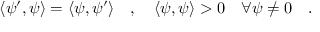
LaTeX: \langle \psi ^ { \prime } , \psi \rangle = \langle \psi , \psi ^ { \prime } \rangle \quad , \quad \langle \psi , \psi \rangle > 0 \quad \forall \psi \neq 0 \quad .